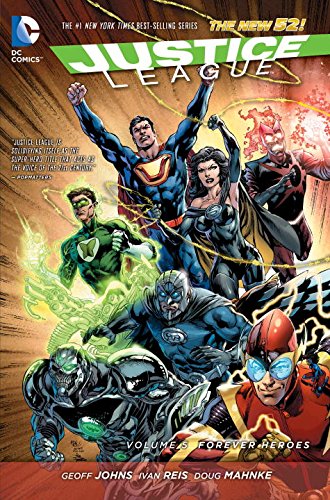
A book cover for Justice League Vol. 5: Forever Heroes (The New 52) (Jla (Justice League of America)); Geoff Johns; Comics & Graphic Novels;